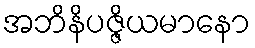
အဘိနိပဇ္ဇိယမာနော